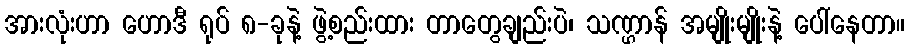
အားလုံးဟာ ဟောဒီ ရုပ် ၈-ခုနဲ့ ဖွဲ့စည်းထား တာတွေချည်းပဲ၊ သဏ္ဌာန် အမျိုးမျိုးနဲ့ ပေါ်နေတာ။